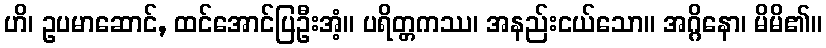
ဟိ၊ ဥပမာဆောင်, ထင်အောင်ပြဦးအံ့။ ပရိတ္တကဿ၊ အနည်းငယ်သော။ အဂ္ဂိနော၊ မိမိ၏။